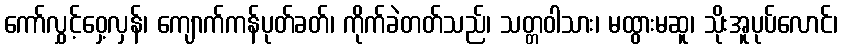
ကော်လွှင့်ဝှေ့လှန်၊ ကျောက်ကန်ပုတ်ခတ်၊ ကိုက်ခဲတတ်သည်၊ သတ္တဝါသား၊ မထွားမဆူ၊ သိုးအူပုပ်လောင်၊